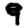
Digit: 9